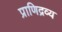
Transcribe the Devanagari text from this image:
प्राणिद्रव्य